Scottish Leaving Certificate Examination, 1954
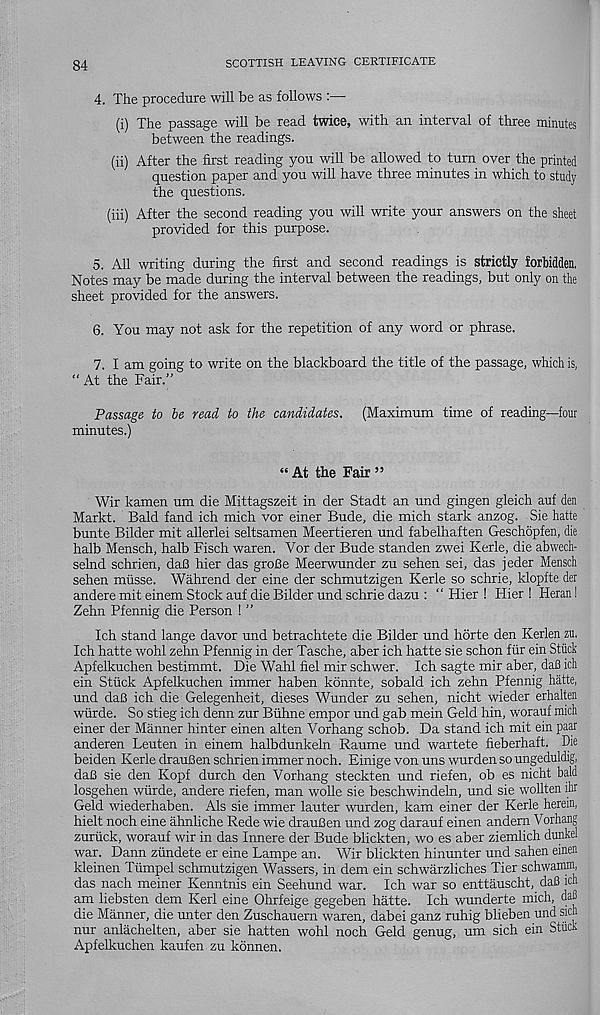
84
SCOTTISH LEAVING CERTIFICATE
4. The procedure will be as follows :—■
(i) The passage will be read twice, with an interval of three minutes
between the readings.
(ii) After the first reading you will be allowed to turn over the printed
question paper and you will have three minutes in which to study
the questions.
(iii) After the second reading you will write your answers on the sheet
provided for this purpose.
5. All writing during the first and second readings is strictly forbidden.
Notes may be made during the interval between the readings, but only on the
sheet provided for the answers.
6. You may not ask for the repetition of any word or phrase.
7. I am going to write on the blackboard the title of the passage, which is,
“ At the Fair.”
Passage to be read to the candidates. (Maximum time of reading—four
minutes.)
“ At the Fair ”
Wir kamen um die Mittagszeit in der Stadt an und gingen gleich auf den
Markt. Bald fand ich mich vor einer Bude, die mich stark anzog. Sie hatte
bunte Bilder mit allerlei seltsamen Meertieren und fabelhaften Geschopfen, die
halb Mensch, halb Fisch waren. Vor der Bude standen zwei Kerle, die abwech-
selnd schrien, dafl hier das grofie Meerwunder zu sehen sei, das jeder Mensch
sehen miisse. Wahrend der eine der schmutzigen Kerle so schrie, klopfte der
andere mit einem Stock auf die Bilder und schrie dazu : “ Hier ! Hier ! Heran!
Zehn Pfennig die Person ! ”
Ich stand lange davor und betrachtete die Bilder und horte den Kerlen zu.
Ich hatte wohl zehn Pfennig in der Tasche, aber ich hatte sie schon fiir ein Stiick
Apfelkuchen bestimmt. Die Wahl fiel mir schwer. Ich sagte mir aber, dafl ich
ein Stuck Apfelkuchen immer haben konnte, sobald ich zehn Pfennig hatte,
und daB ich die Gelegenheit, dieses Wunder zu sehen, nicht wieder erhalten
wiirde. So stieg ich denn zur Biihne empor und gab mein Geld hin, worauf mich
einer der Manner hinter einen alten Vorhang schob. Da stand ich mit ein paar
anderen Leuten in einem halbdunkeln Raume und wartete fieberhaft. Die
beiden Kerle drauBen schrien immer noch. Einige von uns wurden so ungeduldig,
daB sie den Kopf durch den Vorhang steckten und riefen, ob es nicht bald
losgehen wurde, andere riefen, man wolle sie beschwindeln, und sie wollten ihr
Geld wiederhaben. Als sie immer lauter wurden, kam einer der Kerle herein,
hielt noch eine ahnliche Rede wie drauBen und zog darauf einen andem Vorhang
zurtick, worauf wir in das Innere der Bude blickten, wo es aber ziemlich dunkel
war. Dann ziindete er eine Lampe an. Wir blickten hinunter und sahen einen
kleinen Tiimpel schmutzigen Wassers, in dem ein schwarzliches Tier schwamm,
das nach meiner Kenntnis ein Seehund war. Ich war so enttauscht, dafl ich
am liebsten dem Kerl eine Ohrfeige gegeben hatte. Ich wunderte mich, daB
die Manner, die unter den Zuschauern waren, dabei ganz ruhig blieben und sich
nur anlachelten, aber sie hatten wohl noch Geld genug, um sich ein Stiick
Apfelkuchen kaufen zu konnen.